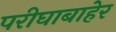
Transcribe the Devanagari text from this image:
परीघाबाहेर